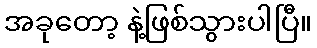
အခုတော့ နဲ့ဖြစ်သွားပါပြီ။